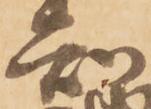
知